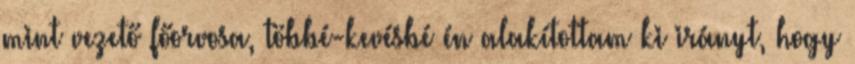
mint vezető főorvosa, többé-kevésbé én alakítottam ki irányt, hogy